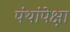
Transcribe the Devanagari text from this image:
पंथांपेक्षा